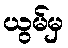
ယွမ်မှ